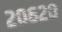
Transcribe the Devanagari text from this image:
२०६२०